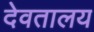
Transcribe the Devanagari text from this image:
देवतालय